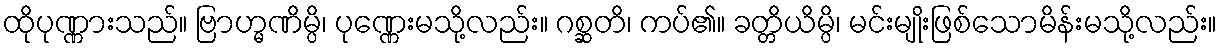
ထိုပုဏ္ဏားသည်။ ဗြာဟ္မဏိမ္ပိ၊ ပုဏ္ဏေးမသို့လည်း။ ဂစ္ဆတိ၊ ကပ်၏။ ခတ္တိယိမ္ပိ၊ မင်းမျိုးဖြစ်သောမိန်းမသို့လည်း။